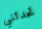
تحدثني